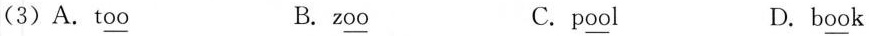
(3)A.t\underline{oo}B. z\underline{oo} C.p\underline{oo}l D.b\underline{oo}k